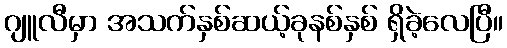
ဂျူလီမှာ အသက်နှစ်ဆယ့်ခုနစ်နှစ် ရှိခဲ့လေပြီ။